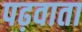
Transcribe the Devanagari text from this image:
पढ़वाता